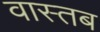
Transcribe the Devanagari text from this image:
वास्तब